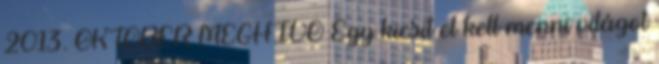
2013. OKTÓBER MEGHÍVÓ Egy kicsit el kell menni világot